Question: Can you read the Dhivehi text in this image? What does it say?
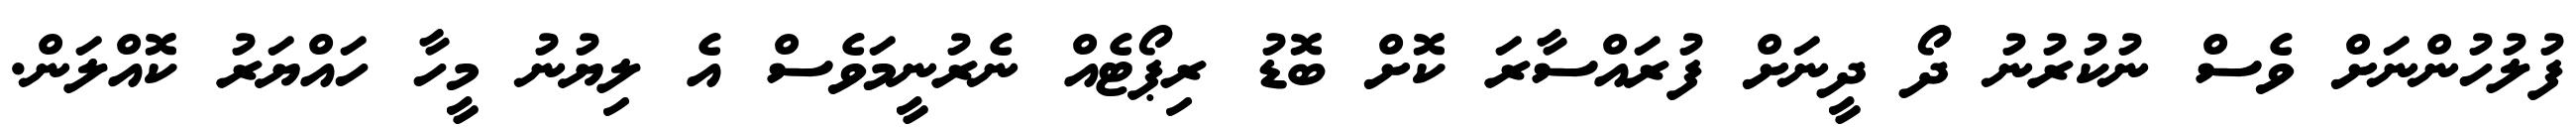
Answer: ފުލުހުންނަށް ވެސް ނުކުރުނު ދޯ ދީނަށް ފުރައްސާރަ ކޮށް ބޮޑު ރިޕޯޓެއް ނެރުނީމަވެސް އެ ލިޔުނު މީހާ ހައްޔަރު ކޮއްލަން.